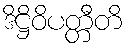
ဒိဋ္ဌိဝိပတ္တီတိ